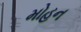
મોહન